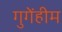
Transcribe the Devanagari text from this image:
गुगेंहीम